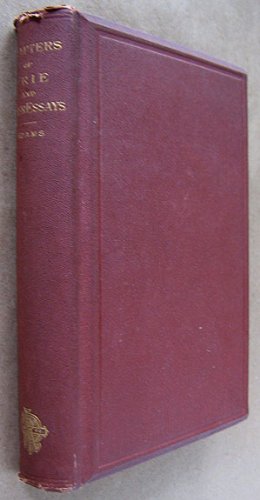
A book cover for Chapters of Erie: And other essays; Charles Francis Adams; Law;